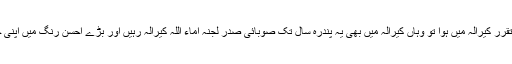
کہتے ہیں جب میرا تقرر کیرالہ میں ہوا تو وہاں کیرالہ میں بھی یہ پندرہ سال تک صوبائی صدر لجنہ اماء اللہ کیرالہ رہیں اور بڑے احسن رنگ میں اپنی خدمات سرانجام دیں۔